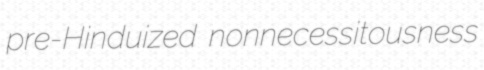
pre-Hinduized nonnecessitousness